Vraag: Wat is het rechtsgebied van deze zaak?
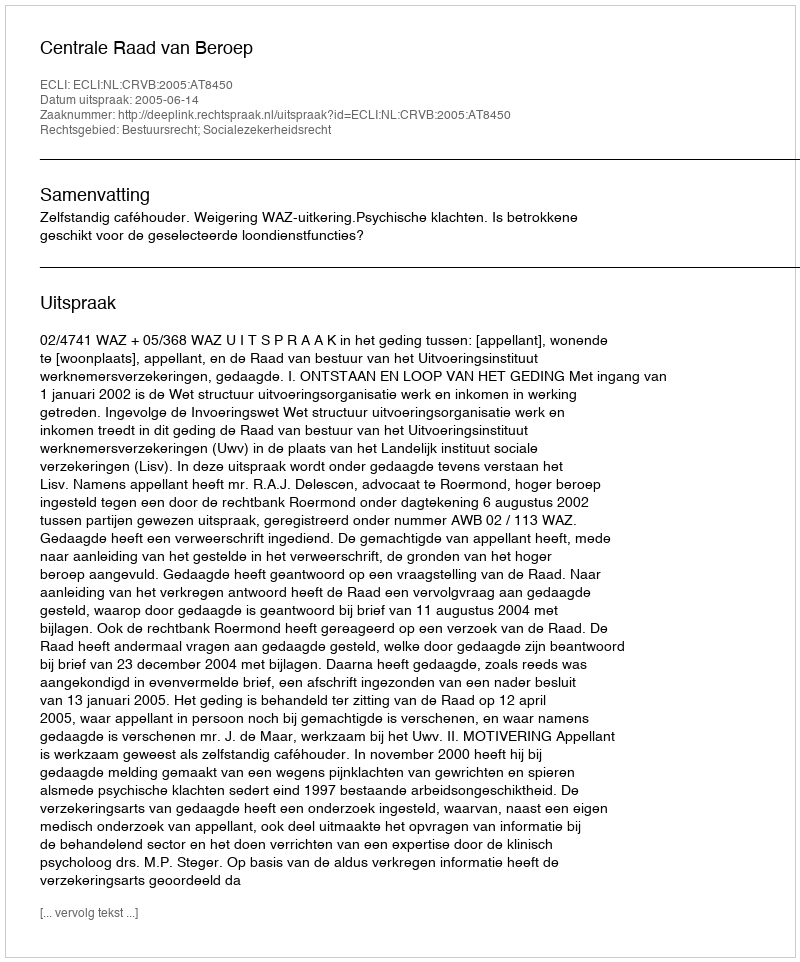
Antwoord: Bestuursrecht; Socialezekerheidsrecht